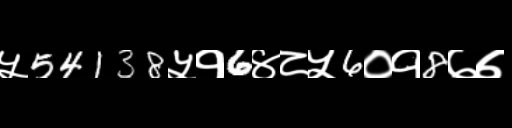
Text: ५54138५१6४८५6०१8७७